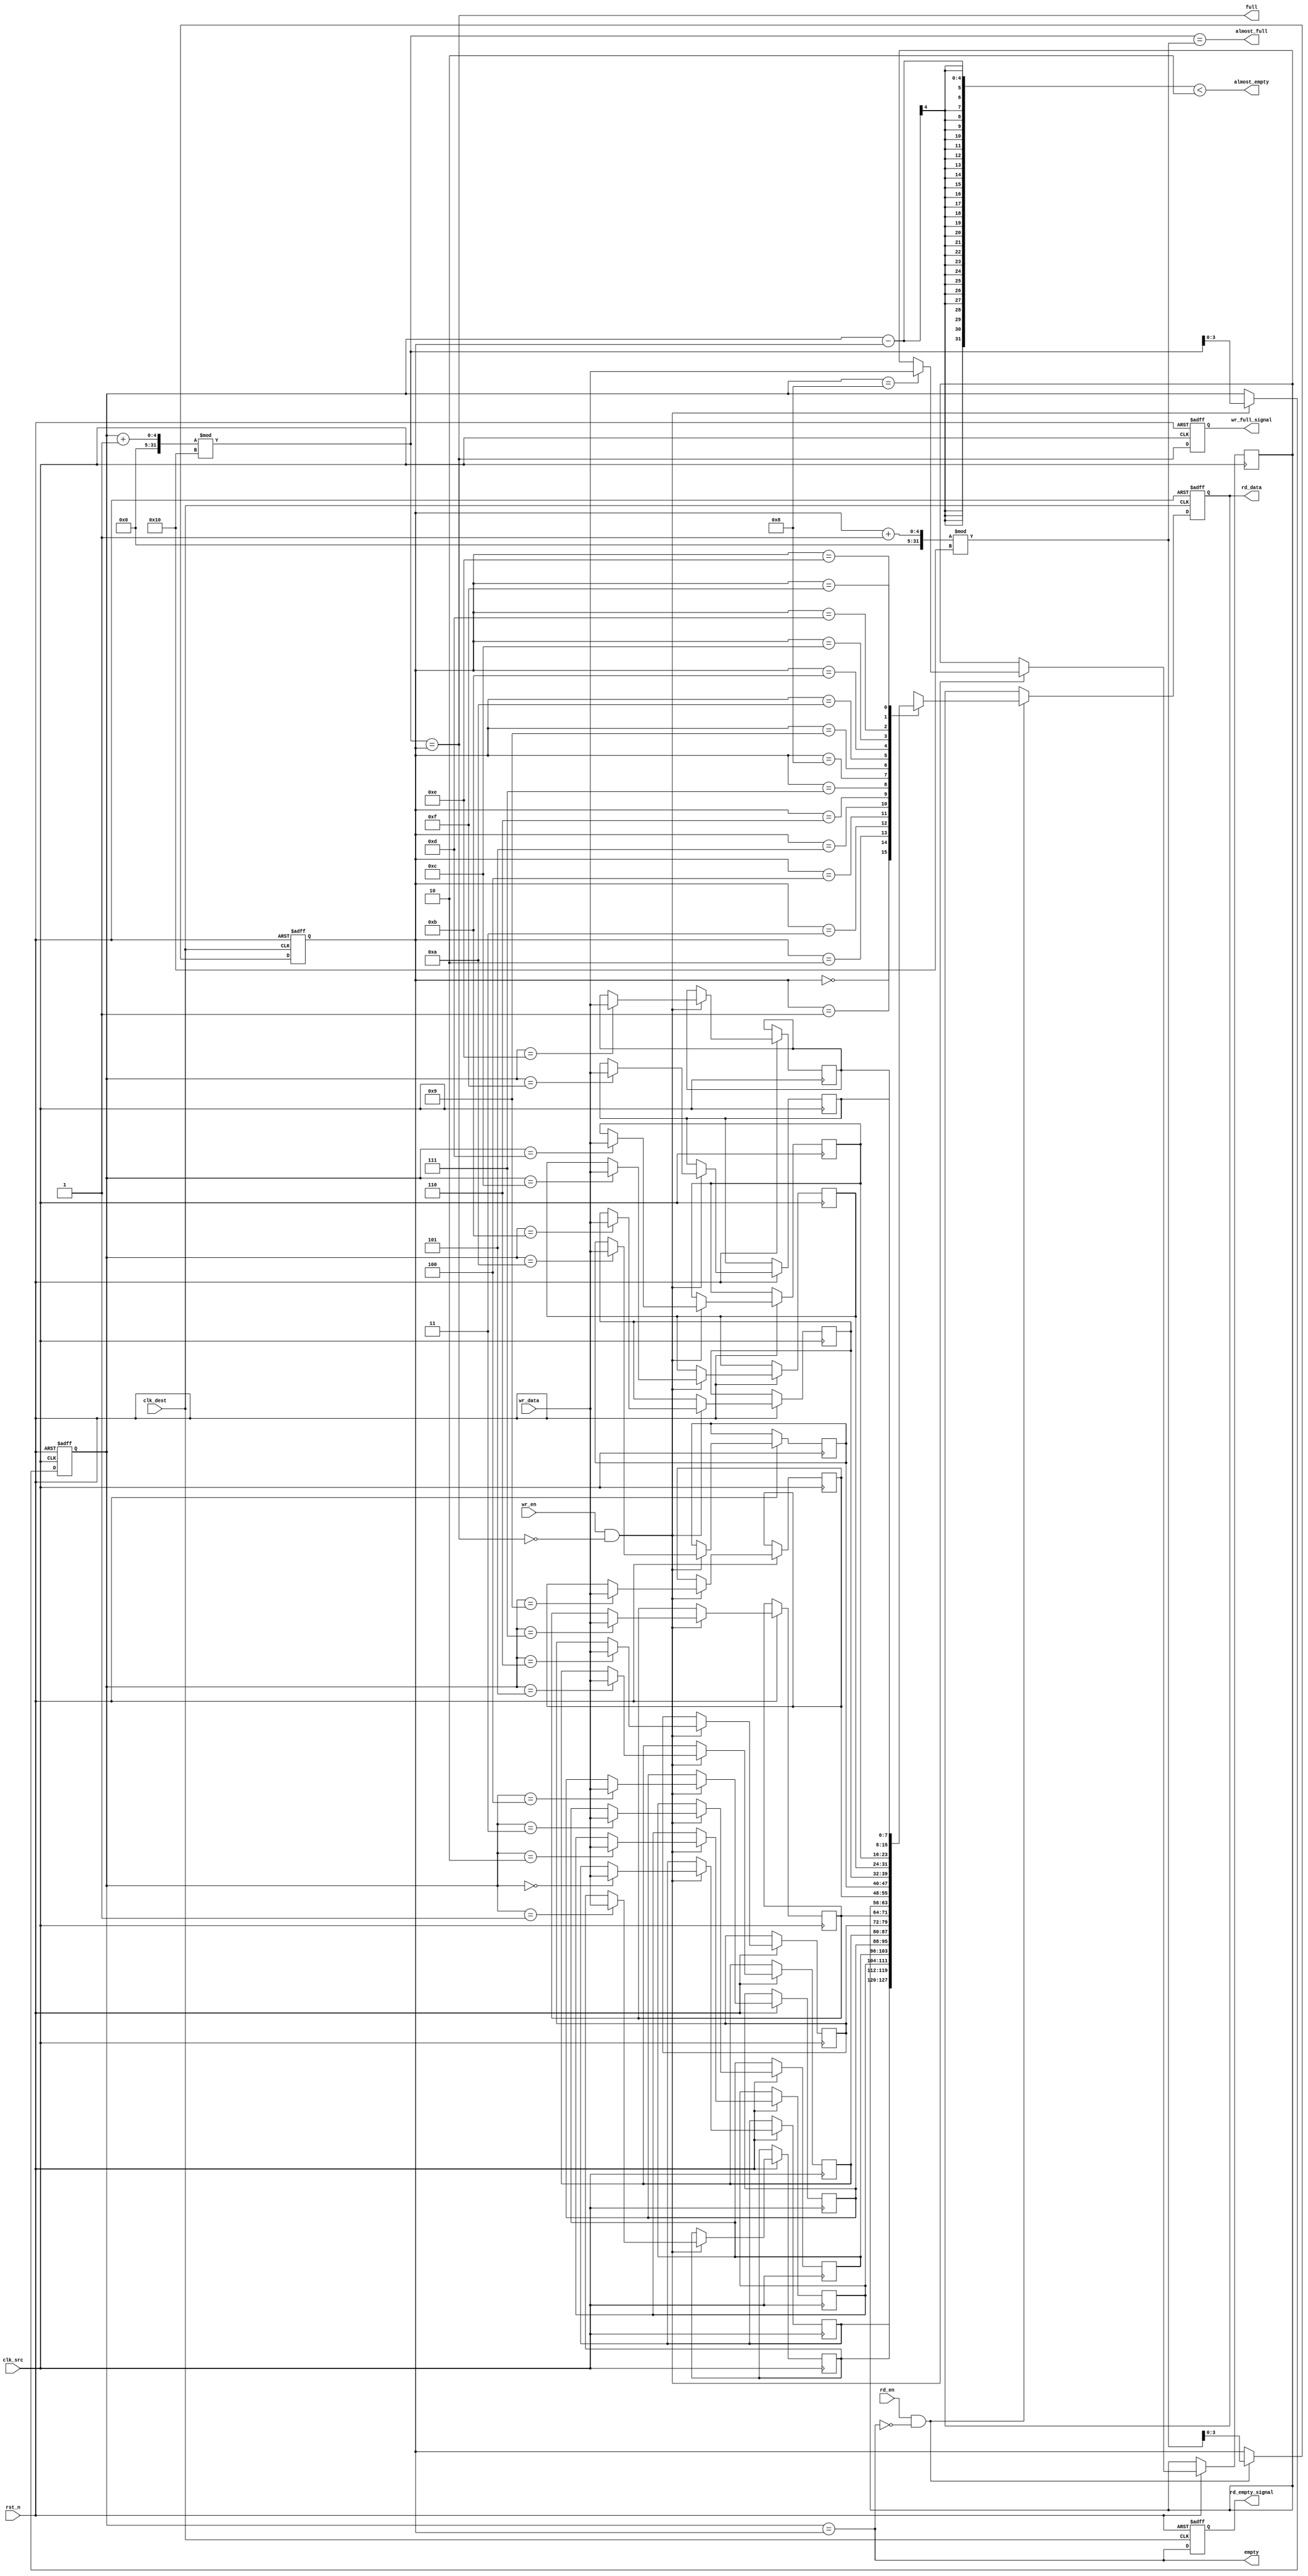
module fifo_synchronizer #(
    parameter DATA_WIDTH = 8,     // Width of the data
    parameter FIFO_DEPTH = 16      // Depth of the FIFO (must be a power of 2)
) (
    input wire clk_src,            // Source clock
    input wire clk_dest,           // Destination clock
    input wire rst_n,              // Asynchronous reset (active low)
    input wire wr_en,              // Write enable signal from source clock domain
    input wire [DATA_WIDTH-1:0] wr_data, // Data input for writing
    output wire empty,             // FIFO empty status
    output wire full,              // FIFO full status
    output wire almost_empty,      // Almost empty status
    output wire almost_full,       // Almost full status
    output reg wr_full_signal,     // Write full status to source domain
    output reg rd_empty_signal,    // Read empty status to destination domain
    input wire rd_en,              // Read enable signal from destination clock domain
    output reg [DATA_WIDTH-1:0] rd_data // Data output for reading
);

    // FIFO memory storage
    reg [DATA_WIDTH-1:0] fifo_mem[FIFO_DEPTH-1:0];
    
    // Write and read pointers
    reg [$clog2(FIFO_DEPTH)-1:0] wr_ptr;
    reg [$clog2(FIFO_DEPTH)-1:0] rd_ptr;

    // Status signals
    wire fifo_empty = (wr_ptr == rd_ptr);
    wire fifo_full = ((wr_ptr + 1) % FIFO_DEPTH) == rd_ptr;
    wire fifo_almost_empty = (wr_ptr - rd_ptr < 2);
    wire fifo_almost_full = ((wr_ptr + 1) % FIFO_DEPTH) == (rd_ptr + 1) % FIFO_DEPTH;

    // Write control logic for source clock domain
    always @(posedge clk_src or negedge rst_n) begin
        if (!rst_n) begin
            wr_ptr <= 0;
        end else if (wr_en && !fifo_full) begin
            fifo_mem[wr_ptr] <= wr_data;   // Write data to FIFO
            wr_ptr <= (wr_ptr + 1) % FIFO_DEPTH; // Increment write pointer
        end
    end

    // Read control logic for destination clock domain
    always @(posedge clk_dest or negedge rst_n) begin
        if (!rst_n) begin
            rd_ptr <= 0;
            rd_data <= 0;
        end else if (rd_en && !fifo_empty) begin
            rd_data <= fifo_mem[rd_ptr];  // Read data from FIFO
            rd_ptr <= (rd_ptr + 1) % FIFO_DEPTH; // Increment read pointer
        end
    end

    // Update status signals
    always @(posedge clk_src or negedge rst_n) begin
        if (!rst_n) begin
            wr_full_signal <= 1'b0;
        end else begin
            wr_full_signal <= fifo_full;
        end
    end

    always @(posedge clk_dest or negedge rst_n) begin
        if (!rst_n) begin
            rd_empty_signal <= 1'b1;
        end else begin
            rd_empty_signal <= fifo_empty;
        end
    end

    // Assign output status signals
    assign empty = fifo_empty;
    assign full = fifo_full;
    assign almost_empty = fifo_almost_empty;
    assign almost_full = fifo_almost_full;

endmodule